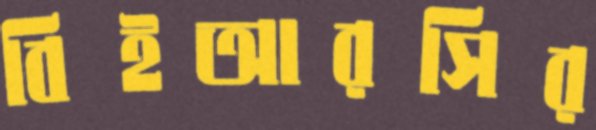
বিইআরসির